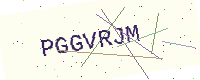
Text: PGGVRJM